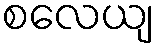
စလေယျ